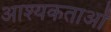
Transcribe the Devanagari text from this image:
आश्यकताओं